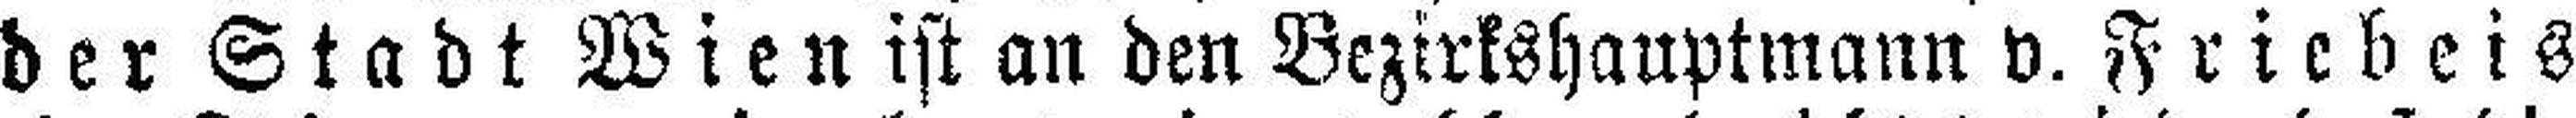
der Stadt Wien ist an den Bezirkshauptmann v. Friebeis